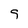
Character: g